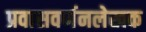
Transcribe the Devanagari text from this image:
प्रवासवर्णनलेखक